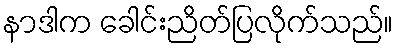
နာဒါက ခေါင်းညိတ်ပြလိုက်သည်။